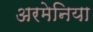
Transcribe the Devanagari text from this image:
अरमेनिया